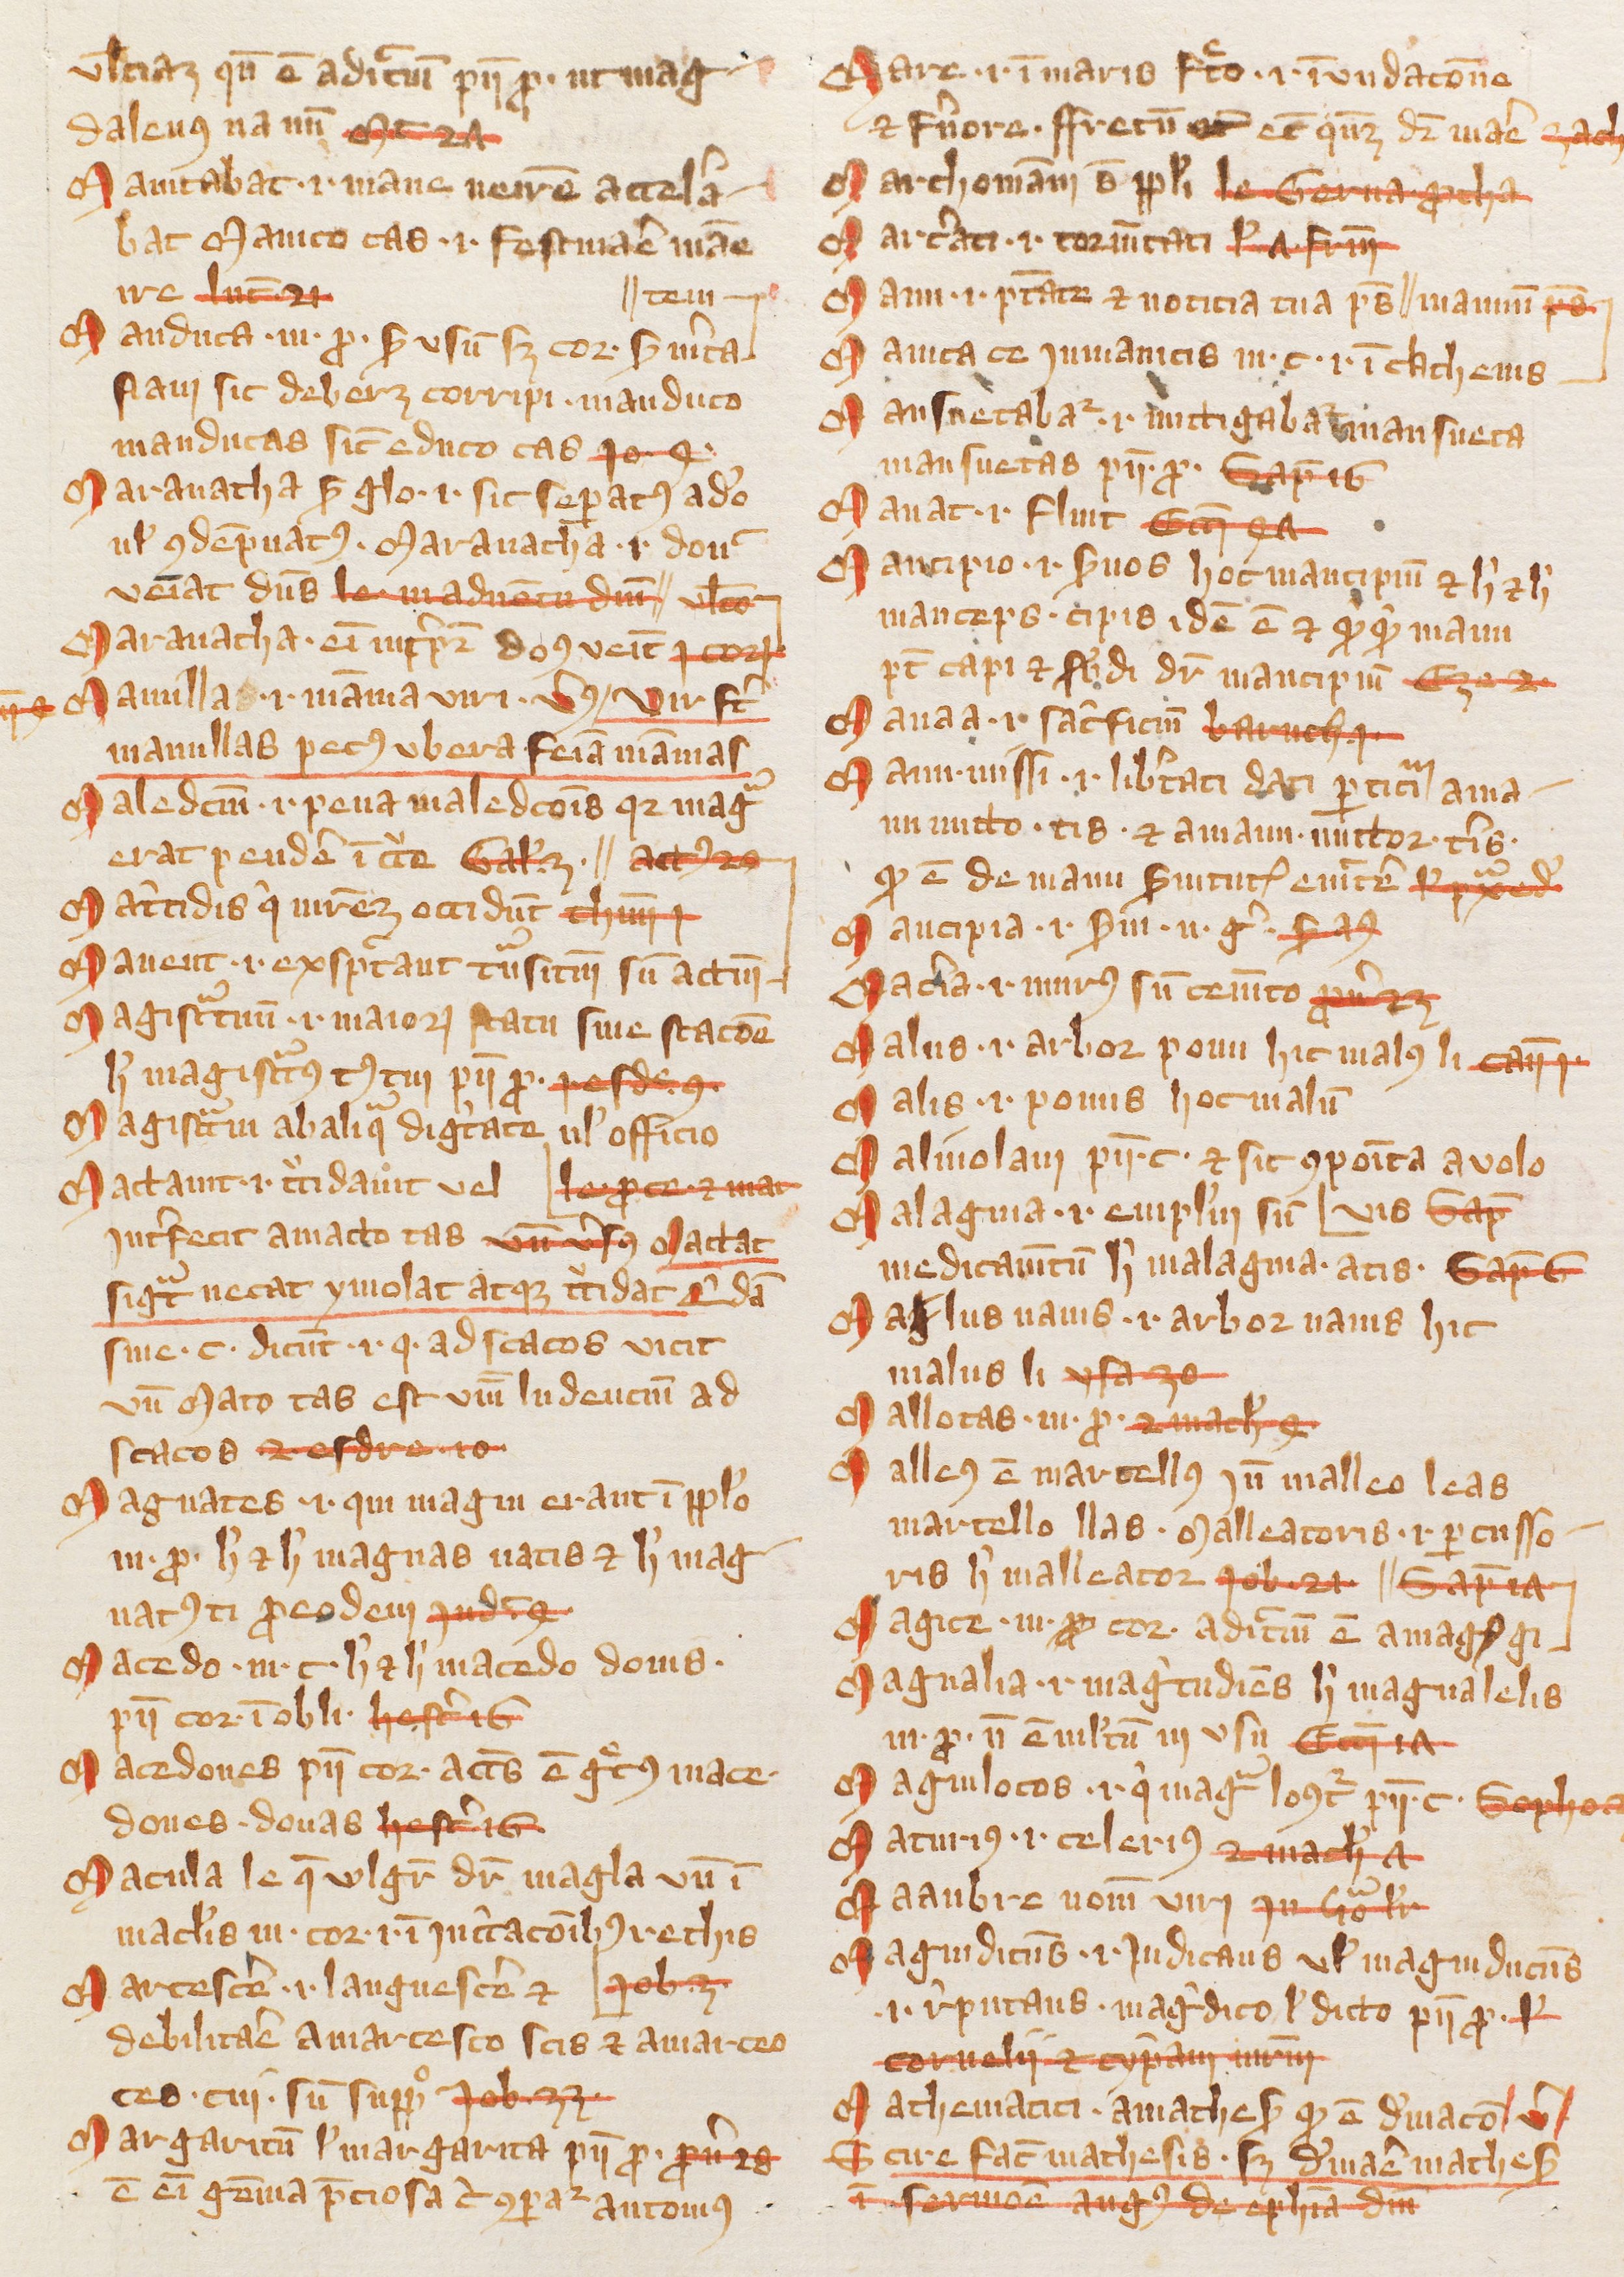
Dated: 1385–1415